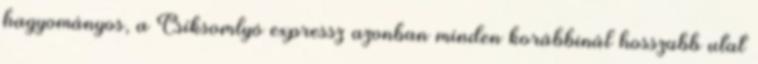
hagyományos, a Csíksomlyó expressz azonban minden korábbinál hosszabb utat